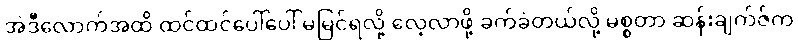
အဲဒီလောက်အထိ ထင်ထင်ပေါ်ပေါ် မမြင်ရလို့ လေ့လာဖို့ ခက်ခဲတယ်လို့ မစ္စတာ ဆန်းချက်ဇ်က